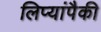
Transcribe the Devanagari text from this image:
लिप्यांपैकी